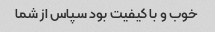
خوب و با کیفیت بود سپاس از شما